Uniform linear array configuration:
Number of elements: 16
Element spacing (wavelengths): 1
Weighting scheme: hann
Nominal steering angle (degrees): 15
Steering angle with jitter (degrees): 14.207
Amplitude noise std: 0.05
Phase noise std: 0.05

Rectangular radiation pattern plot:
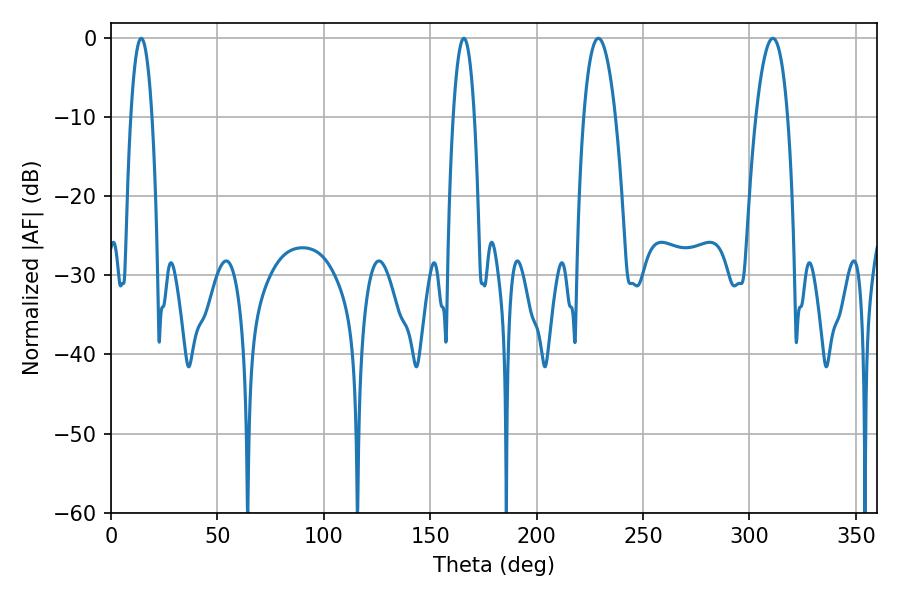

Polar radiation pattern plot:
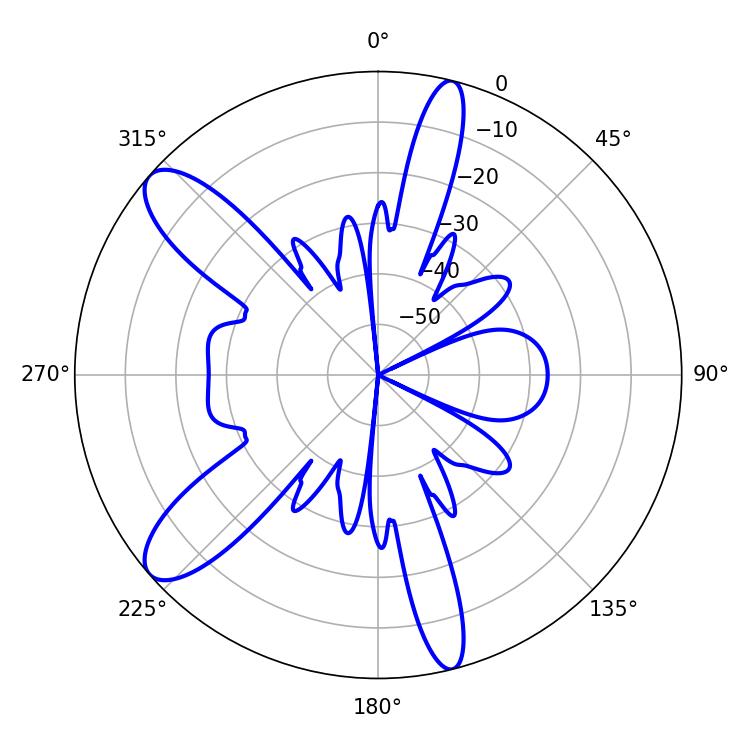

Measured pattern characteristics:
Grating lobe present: TRUE
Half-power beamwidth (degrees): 5.4
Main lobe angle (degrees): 14.22